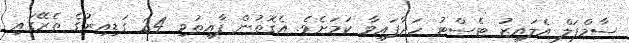
ސާމްޕަލް އެލައިޒު ޓެސްޓު ހަދާފައިވާ ކަމަށެވެ. އެގޮތުން ފާއިތުވި 24 ގަޑިއިރުގެ ތެރޭގައި